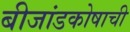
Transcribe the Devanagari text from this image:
बीजांडकोषाची